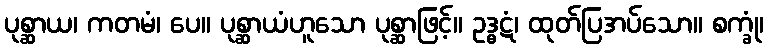
ပုစ္ဆာယ၊ ကတမံ၊ ပေ။ ပုစ္ဆာယံဟူသော ပုစ္ဆာဖြင့်။ ဥဒ္ဓဋံ၊ ထုတ်ပြအပ်သော။ စက္ခုံ၊